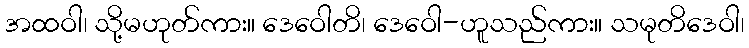
အထဝါ၊ သို့မဟုတ်ကား။ ဒေဝေါတိ၊ ဒေဝေါ-ဟူသည်ကား။ သမုတိဒေဝါ၊